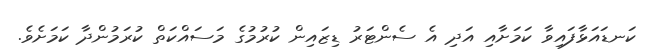
ކަނޑައަޅާފައިވާ ކަމަށާއި އަދި އެ ސެންޓަރު ޑިޒައިން ކުރުމުގެ މަސައްކަތް ކުރަމުންދާ ކަމަށެވެ.